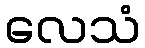
လေသံ